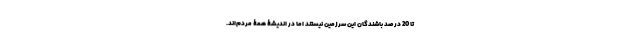
تا 20 درصد باشندگانِ این سرزمین نیستند اما در اندیشۀ همۀ مردم‌اند.